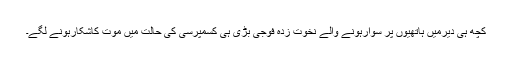
کچھ ہی دیرمیں ہاتھیوں پر سوارہونے والے نخوت زدہ فوجی بڑی ہی کسمپرسی کی حالت میں موت کاشکارہونے لگے۔